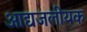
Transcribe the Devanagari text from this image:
आद्यजलीयक